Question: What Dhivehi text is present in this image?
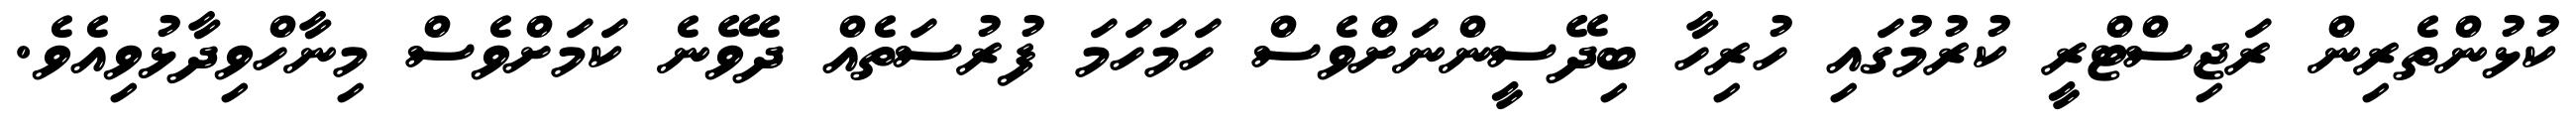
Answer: ކުޅުންތެރިން ރަޖިސްޓްރީ ކުރުމުގައި ހުރިހާ ބިދޭސީންނަށްވެސް ހަމަހަމަ ފުރުސަތެއް ދެވޭނެ ކަމަށްވެސް މިނާހްވިދާޅުވިއެވެ.